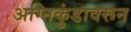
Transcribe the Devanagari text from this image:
अग्निकुंडावरून